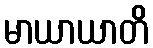
မာယာယာတိ